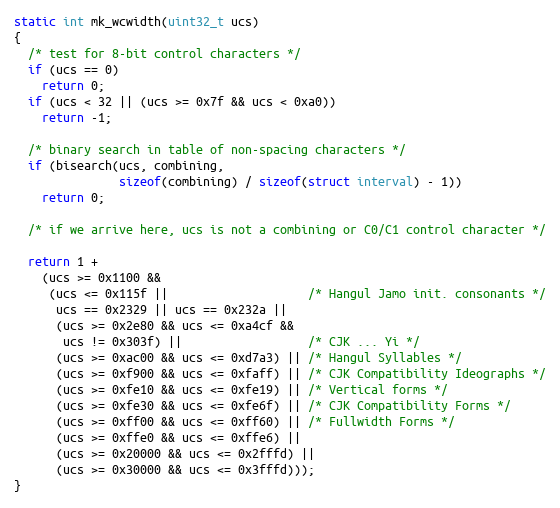
Language: C
static int mk_wcwidth(uint32_t ucs)
{
  /* test for 8-bit control characters */
  if (ucs == 0)
    return 0;
  if (ucs < 32 || (ucs >= 0x7f && ucs < 0xa0))
    return -1;

  /* binary search in table of non-spacing characters */
  if (bisearch(ucs, combining,
               sizeof(combining) / sizeof(struct interval) - 1))
    return 0;

  /* if we arrive here, ucs is not a combining or C0/C1 control character */

  return 1 +
    (ucs >= 0x1100 &&
     (ucs <= 0x115f ||                    /* Hangul Jamo init. consonants */
      ucs == 0x2329 || ucs == 0x232a ||
      (ucs >= 0x2e80 && ucs <= 0xa4cf &&
       ucs != 0x303f) ||                  /* CJK ... Yi */
      (ucs >= 0xac00 && ucs <= 0xd7a3) || /* Hangul Syllables */
      (ucs >= 0xf900 && ucs <= 0xfaff) || /* CJK Compatibility Ideographs */
      (ucs >= 0xfe10 && ucs <= 0xfe19) || /* Vertical forms */
      (ucs >= 0xfe30 && ucs <= 0xfe6f) || /* CJK Compatibility Forms */
      (ucs >= 0xff00 && ucs <= 0xff60) || /* Fullwidth Forms */
      (ucs >= 0xffe0 && ucs <= 0xffe6) ||
      (ucs >= 0x20000 && ucs <= 0x2fffd) ||
      (ucs >= 0x30000 && ucs <= 0x3fffd)));
}